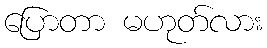
ပြောတာ မဟုတ်လား